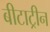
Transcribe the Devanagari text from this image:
बीटाट्रीन